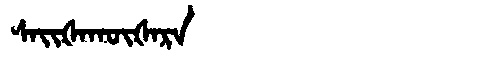
Manchu: ᠰᠠᡳᡧᠠᡴᡡᡧᠠᡵᠠ
Romanization: SAIŠAKŪŠARA